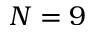
N = 9